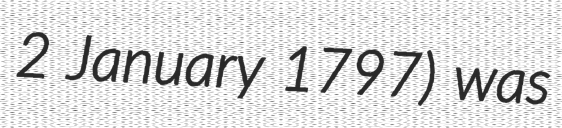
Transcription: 2 January 1797) was